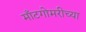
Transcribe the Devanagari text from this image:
मॉँटगोमरीच्या